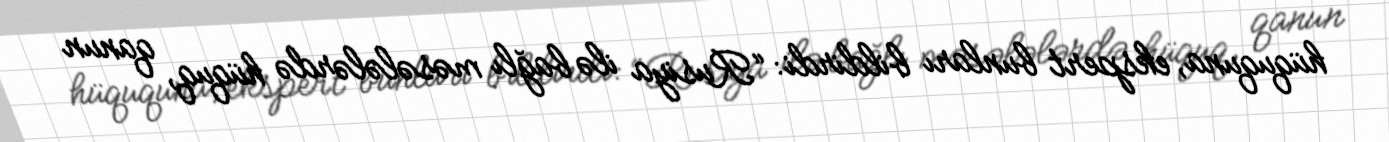
hüququna, ekspert bunları bildirdi: “Rusiya ilə bağlı məsələlərdə hüquq, qanun